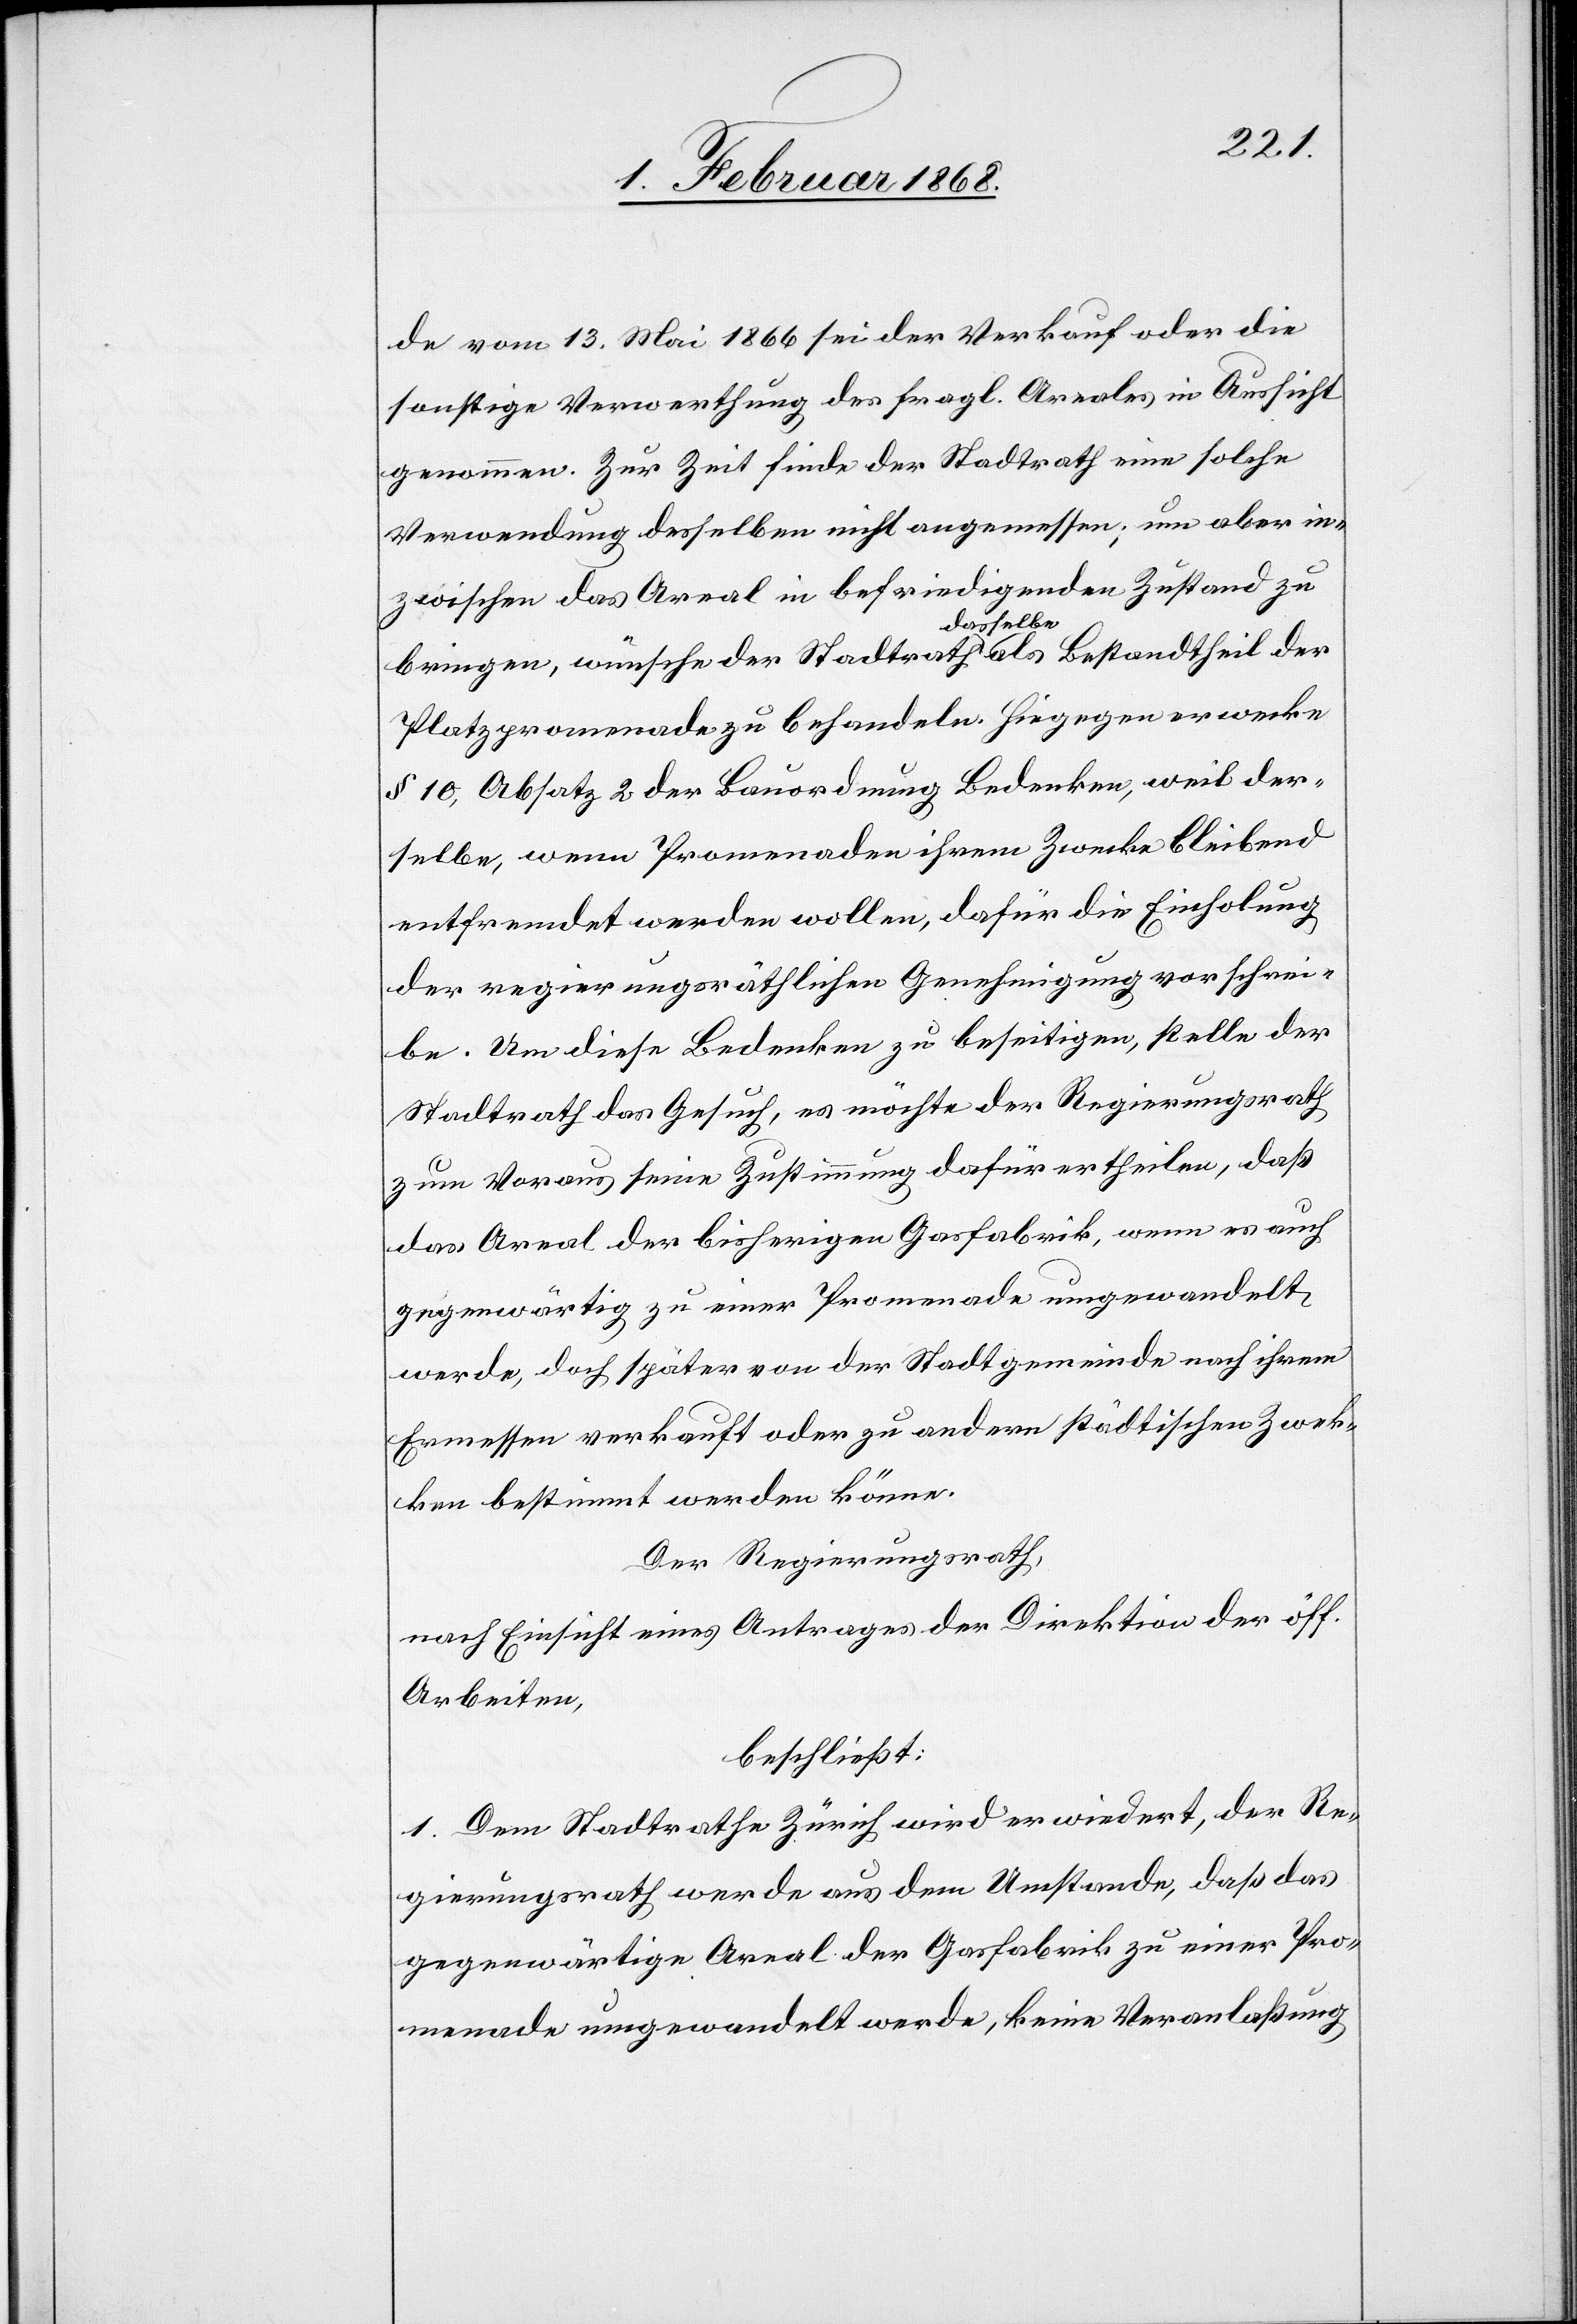
de vom 13. Mai 1866 sei der Verkauf oder die
sonstige Verwerthung des fragl. Areales in Aussicht
genommen. Zur Zeit finde der Stadtrath eine solche
Verwendung desselben nicht angemessen; um aber in¬
zwischen das Areal in befriedigenden Zustand zu
bringen, wünsche der Stadtrath dasselbe als Bestandtheil der
Platzpromenade zu behandeln. Hiegegen erwecke
§ 10, Absatz 2 der Bauordnung Bedenken, weil der¬
selbe, wenn Promenaden ihrem Zwecke bleibend
entfremdet werden wollen, dafür die Einholung
der regierungsräthlichen Genehmigung vorschrei¬
be. Um diese Bedenken zu beseitigen, stelle der
Stadtrath das Gesuch, es möchte der Regierungsrath
zum Voraus seine Zustimmung dafür ertheilen, daß
das Areal der bisherigen Gasfabrik, wenn es auch
gegenwärtig zu einer Promenade umgewandelt
werde, doch später von der Stadtgemeinde nach ihrem
Ermessen verkauft oder zu andern städtischen Zwec¬
ken bestimmt werden könne.
Der Regierungsrath,
nach Einsicht eines Antrages der Direktion der öff.
Arbeiten,
beschließt:
1. Dem Stadtrathe Zürich wird erwiedert, der Re¬
gierungsrath werde aus dem Umstande, daß das
gegenwärtige Areal der Gasfabrik zu einer Pro¬
menade umgewandelt werde, keine Veranlaßung